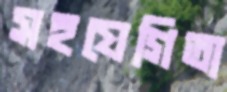
সহযেগিতা